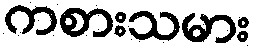
ကစားသမား